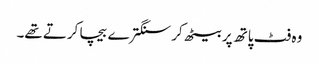
وہ فٹ پاتھ پر بیٹھ کر سنگترے بیچا کرتے تھے۔